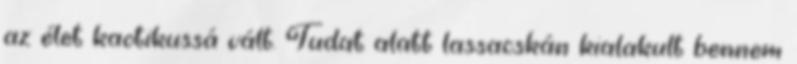
az élet kaotikussá vált. Tudat alatt lassacskán kialakult bennem